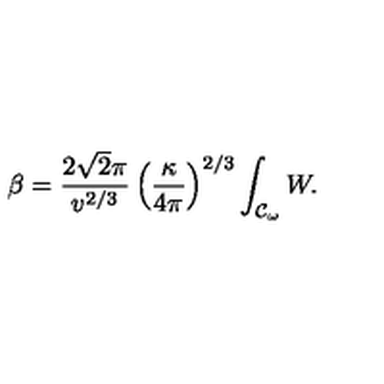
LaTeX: \beta = \frac { 2 \sqrt { 2 } \pi } { v ^ { 2 / 3 } } \left( \frac { \kappa } { 4 \pi } \right) ^ { 2 / 3 } \int _ { { \cal { C } } _ { \omega } } { W } .